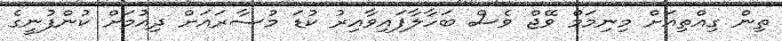
ތިން ގިއްތިއަށް މިނިމަމް ވޭޖް ވެސް ބަހާލާފައިވާއިރު ކުޑަ މުސާރައަށް ދިއުމަށް ކުންފުނީގެ